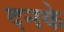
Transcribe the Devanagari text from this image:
दनके